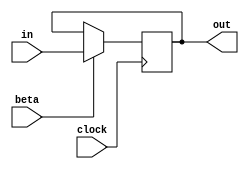
module REGISTRO(output [N-1:0]out, input [N-1:0]in, input clock, input beta);
  parameter N = 32;
  reg [N-1:0]val = 0;

  // Si scrive nel registro durante il fronte di alzata per evitare stati metastabili
  // all'avvio del programma, per esempio:
  // in un'interfaccia a transizione di livello il registro interno S ha il beta=1 costante.
  // Questo implica che all'avvio della simulazione venga scritto nel registro il valore della linea
  // di ingresso (per esempio la linea rdy). Se questa linea impiega un tempo t > 0 per stabilizzare, nel
  // registro viene scritto all'avvio della simulazione (perche` clock = 0 al tempo t=0 viene interpretato
  // come un negedge del segnale di clock) un valore instabile che dura fino al prossimo impulso del clock.
  // Utilizzando posedge ed avendo l'accortezza di inizializzare il registro a 0 (in cima, val = 0) e di
  // generare il segnale di clock partendo dal basso( ____|¯¯|____|¯¯|_) si evita questo problema, purche` al
  // prossimo impulso di clock l'ingresso del registro sia stabile.
  always @(posedge clock)
  begin
    if (beta)
      val <= in;
  end

  assign out = val;
endmodule